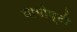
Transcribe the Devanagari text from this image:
यागोष्टी